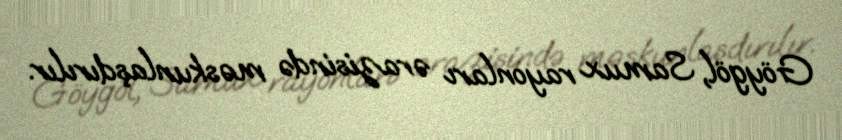
Göygöl, Samux rayonları ərazisində məskunlaşdırılır.